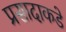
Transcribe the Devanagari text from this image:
प्रसादाकडे